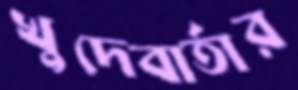
খুদেবার্তার